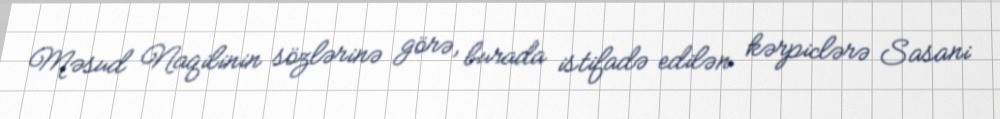
Məsud Naqilinin sözlərinə görə, burada istifadə edilən kərpiclərə Sasani